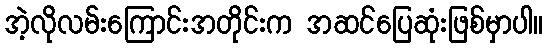
အဲ့လိုလမ်းကြောင်းအတိုင်းက အဆင်ပြေဆုံးဖြစ်မှာပါ။